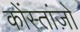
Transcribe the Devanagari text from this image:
कोंस्तांज़ो